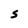
Character: s